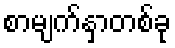
စာမျက်နှာတစ်ခု